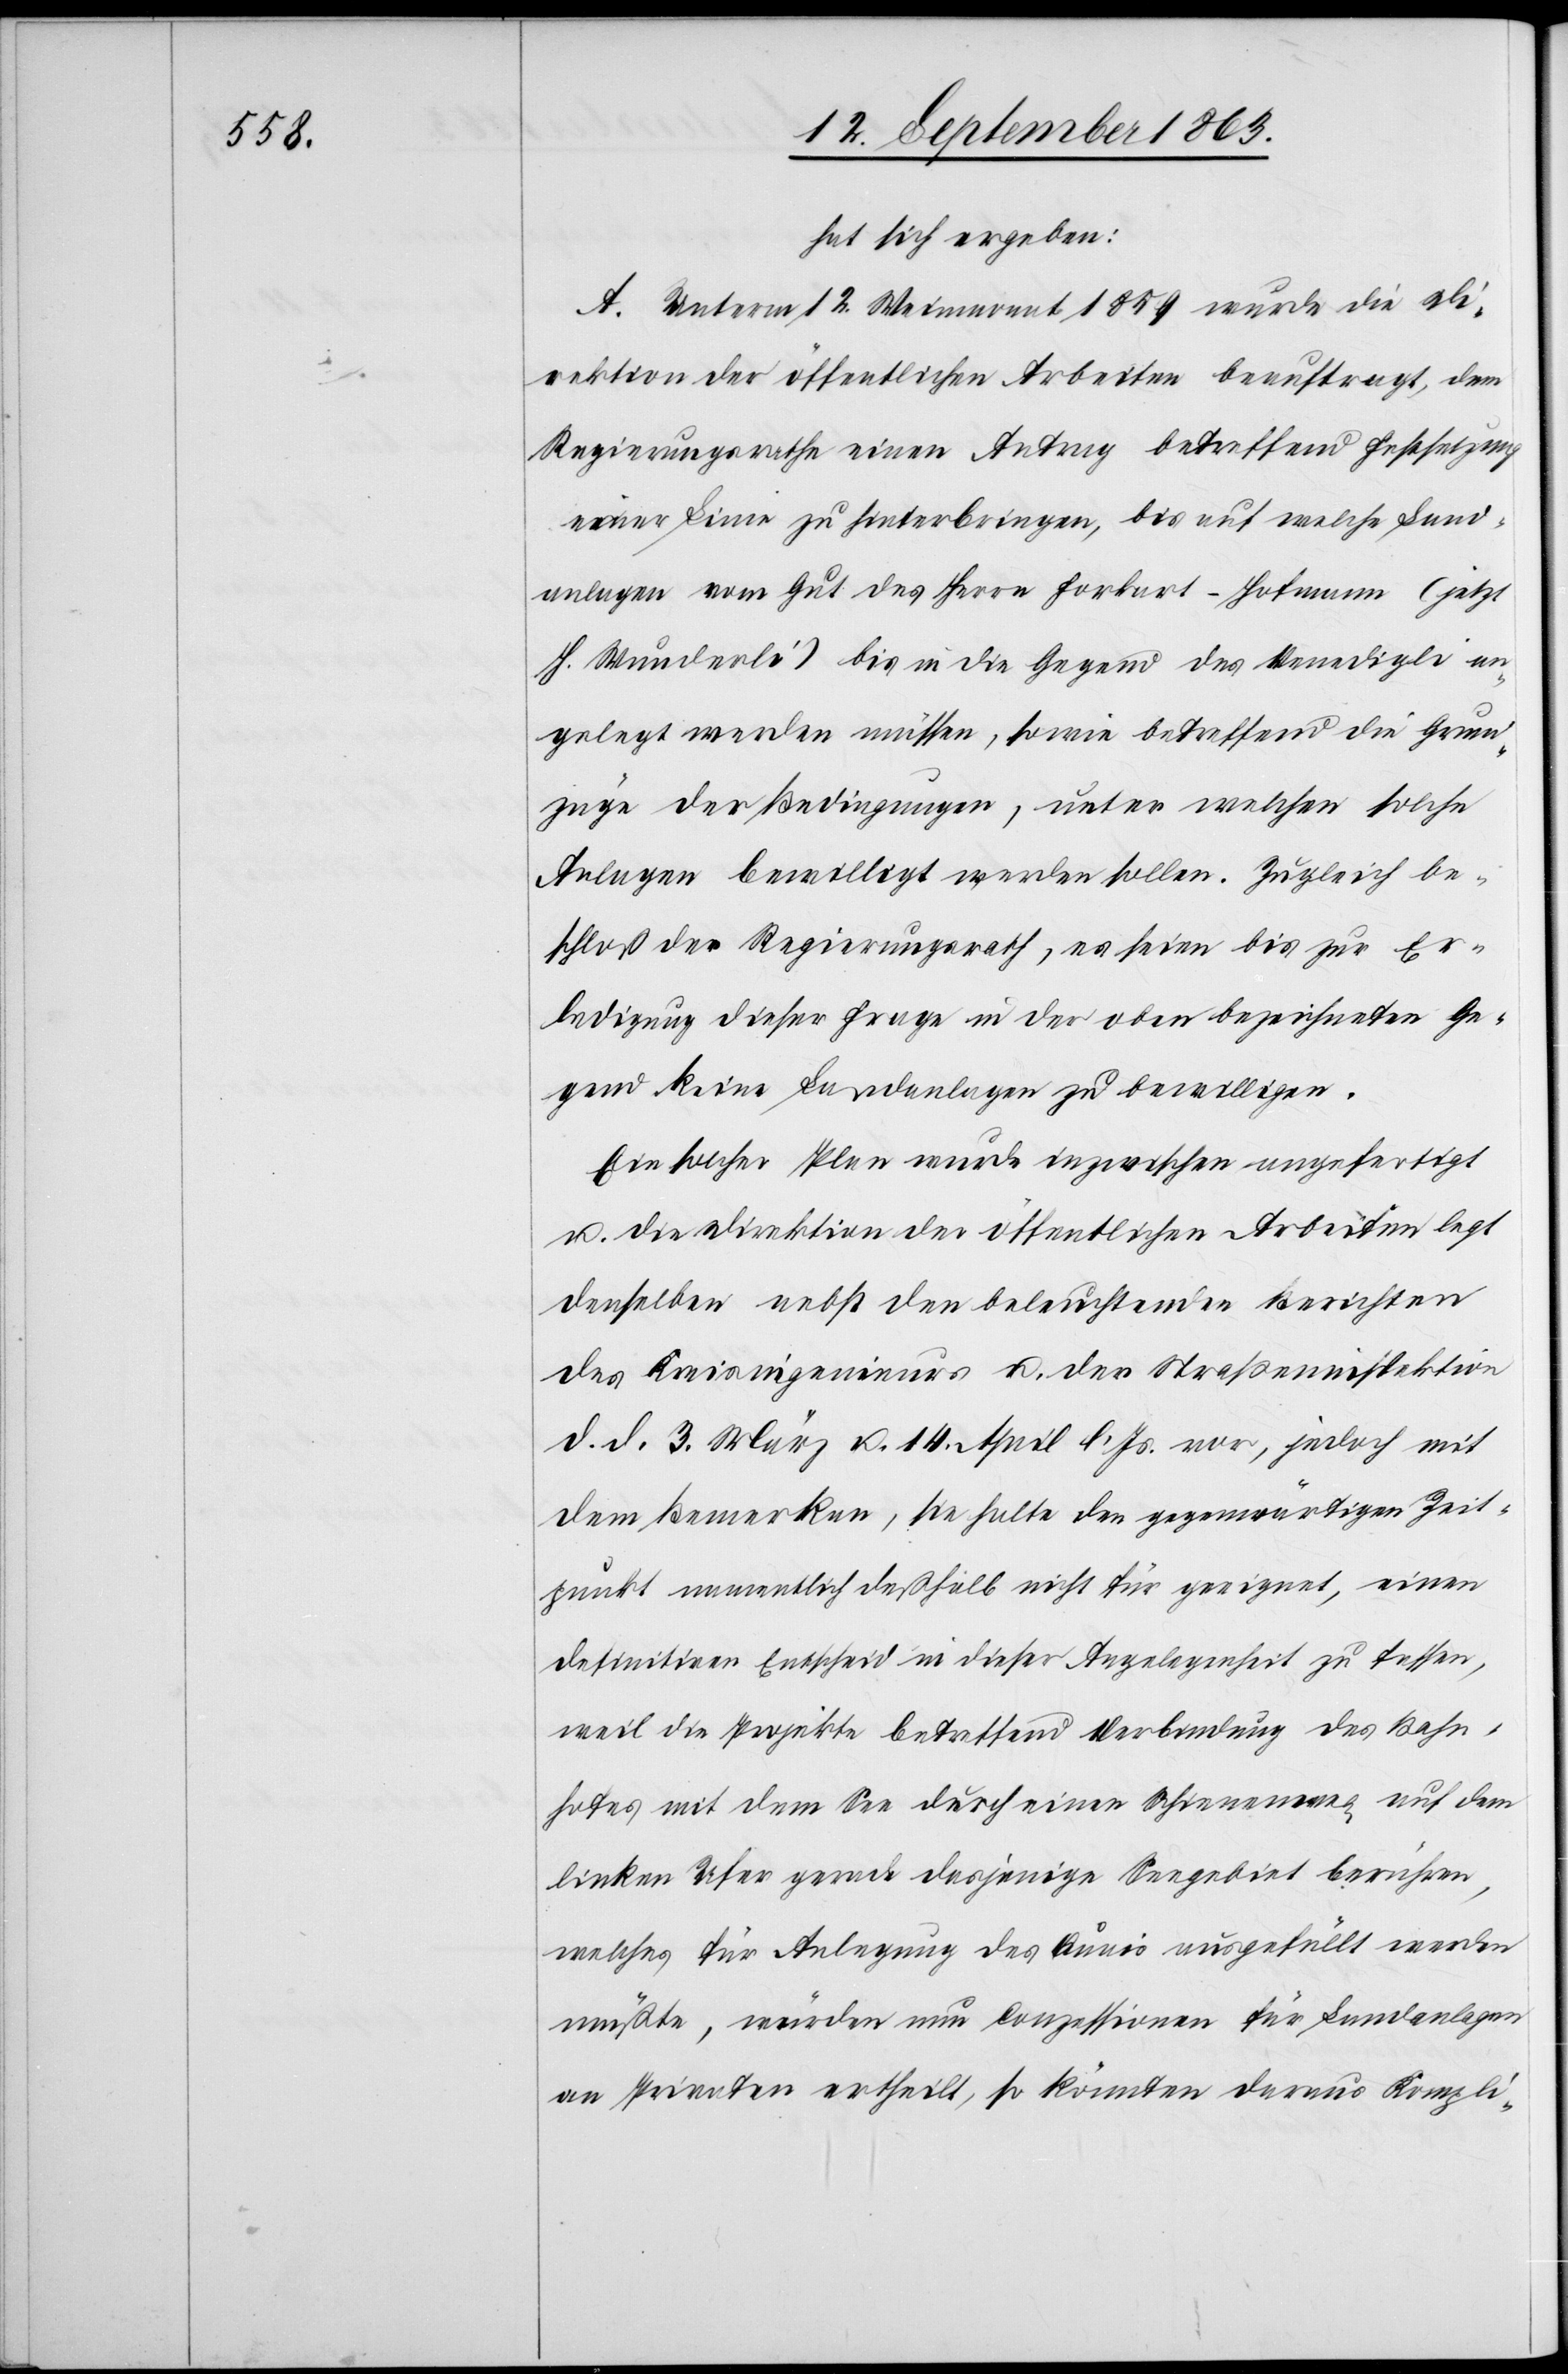
hat sich ergeben:
A. Unterm 12. Weinmonat 1859 wurde die Di¬
rektion der öffentlichen Arbeiten beauftragt, dem
Regierungsrathe einen Antrag betreffend Festsetzung
einer Linie zu hinterbringen, bis auf welche Land¬
anlagen vom Gut des Herrn Forkart-Hofmann (jetzt
H. Wunderli) bis in die Gegend des Venedigli an¬
gelegt werden müssen, sowie betreffend die Grund¬
züge der Bedingungen, unter welchen solche
Anlagen bewilligt werden sollen. Zugleich be¬
schloß der Regierungsrath, es seien bis zur Er¬
ledigung dieser Frage in der oben bezeichneten Ge¬
gend keine Landanlagen zu bewilligen.
Ein solcher Plan wurde inzwischen angefertigt
u. die Direktion der öffentlichen Arbeiten legt
denselben nebst den beleuchtenden Berichten
des Kreisingenieurs u. der Straßeninspektion
d. d. 3. März u. 14. April l. Js. vor, jedoch mit
dem Bemerken, sie halte den gegenwärtigen Zeit¬
punkt namentlich deßhalb nicht für geeignet, einen
definitiven Entscheid in dieser Angelegenheit zu fassen,
weil die Projekte betreffend Verbindung des Bahn¬
hofes mit dem See durch einen Schienenweg auf dem
linken Ufer gerade dasjenige Seegebiet berühren,
welches für Anlegung des Quais ausgefüllt werden
müßte, würden nun Conzessionen für Landanlagen
an Privaten ertheilt, so könnten daraus Kompli-